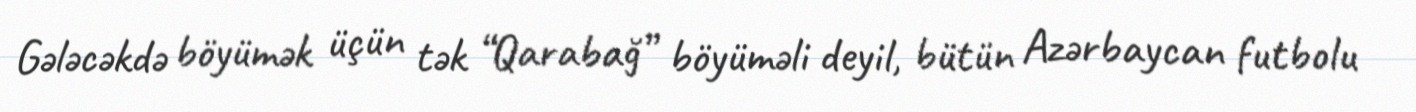
Gələcəkdə böyümək üçün tək “Qarabağ” böyüməli deyil, bütün Azərbaycan futbolu